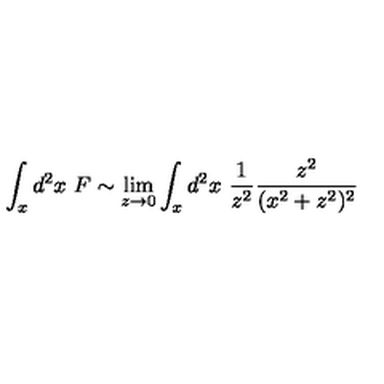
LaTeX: \int _ { x } d ^ { 2 } x \ F \sim \lim _ { z \rightarrow 0 } \int _ { x } d ^ { 2 } x \ { \frac { 1 } { z ^ { 2 } } } { \frac { z ^ { 2 } } { ( x ^ { 2 } + z ^ { 2 } ) ^ { 2 } } }